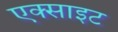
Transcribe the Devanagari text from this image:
एक्साइट